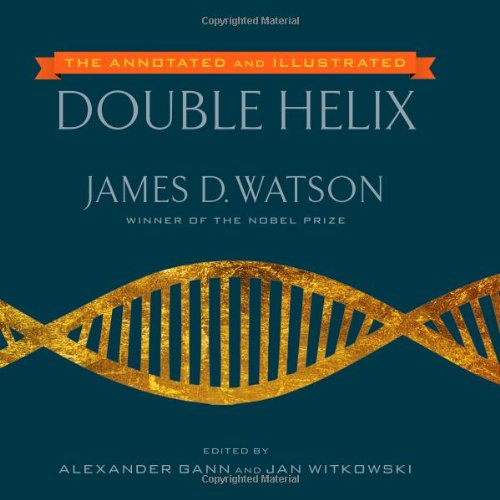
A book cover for The Annotated and Illustrated Double Helix; James D. Watson Ph.D.; Medical Books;